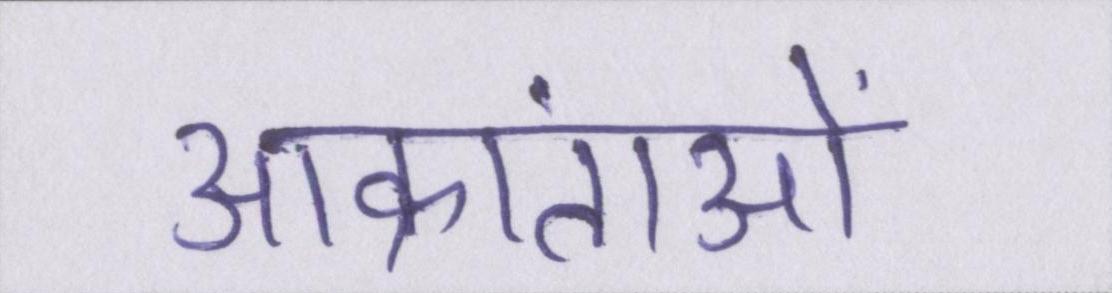
आक्रांताओं